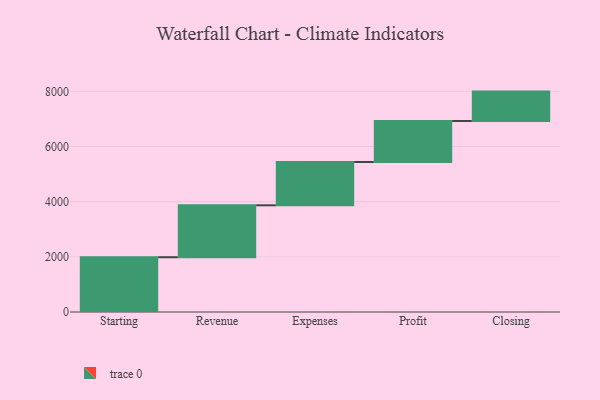
{"axis": {"x": "Step", "y": "Value"}, "legend": [""], "data": [{"x": "Starting", "y": 1985.0, "type": ""}, {"x": "Revenue", "y": 1883.0, "type": ""}, {"x": "Expenses", "y": 1569.0, "type": ""}, {"x": "Profit", "y": 1488.0, "type": ""}, {"x": "Closing", "y": 1065.0, "type": ""}]}